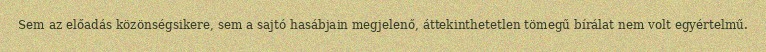
Sem az előadás közönségsikere, sem a sajtó hasábjain megjelenő, áttekinthetetlen tömegű bírálat nem volt egyértelmű.